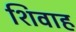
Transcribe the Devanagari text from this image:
शिवाह